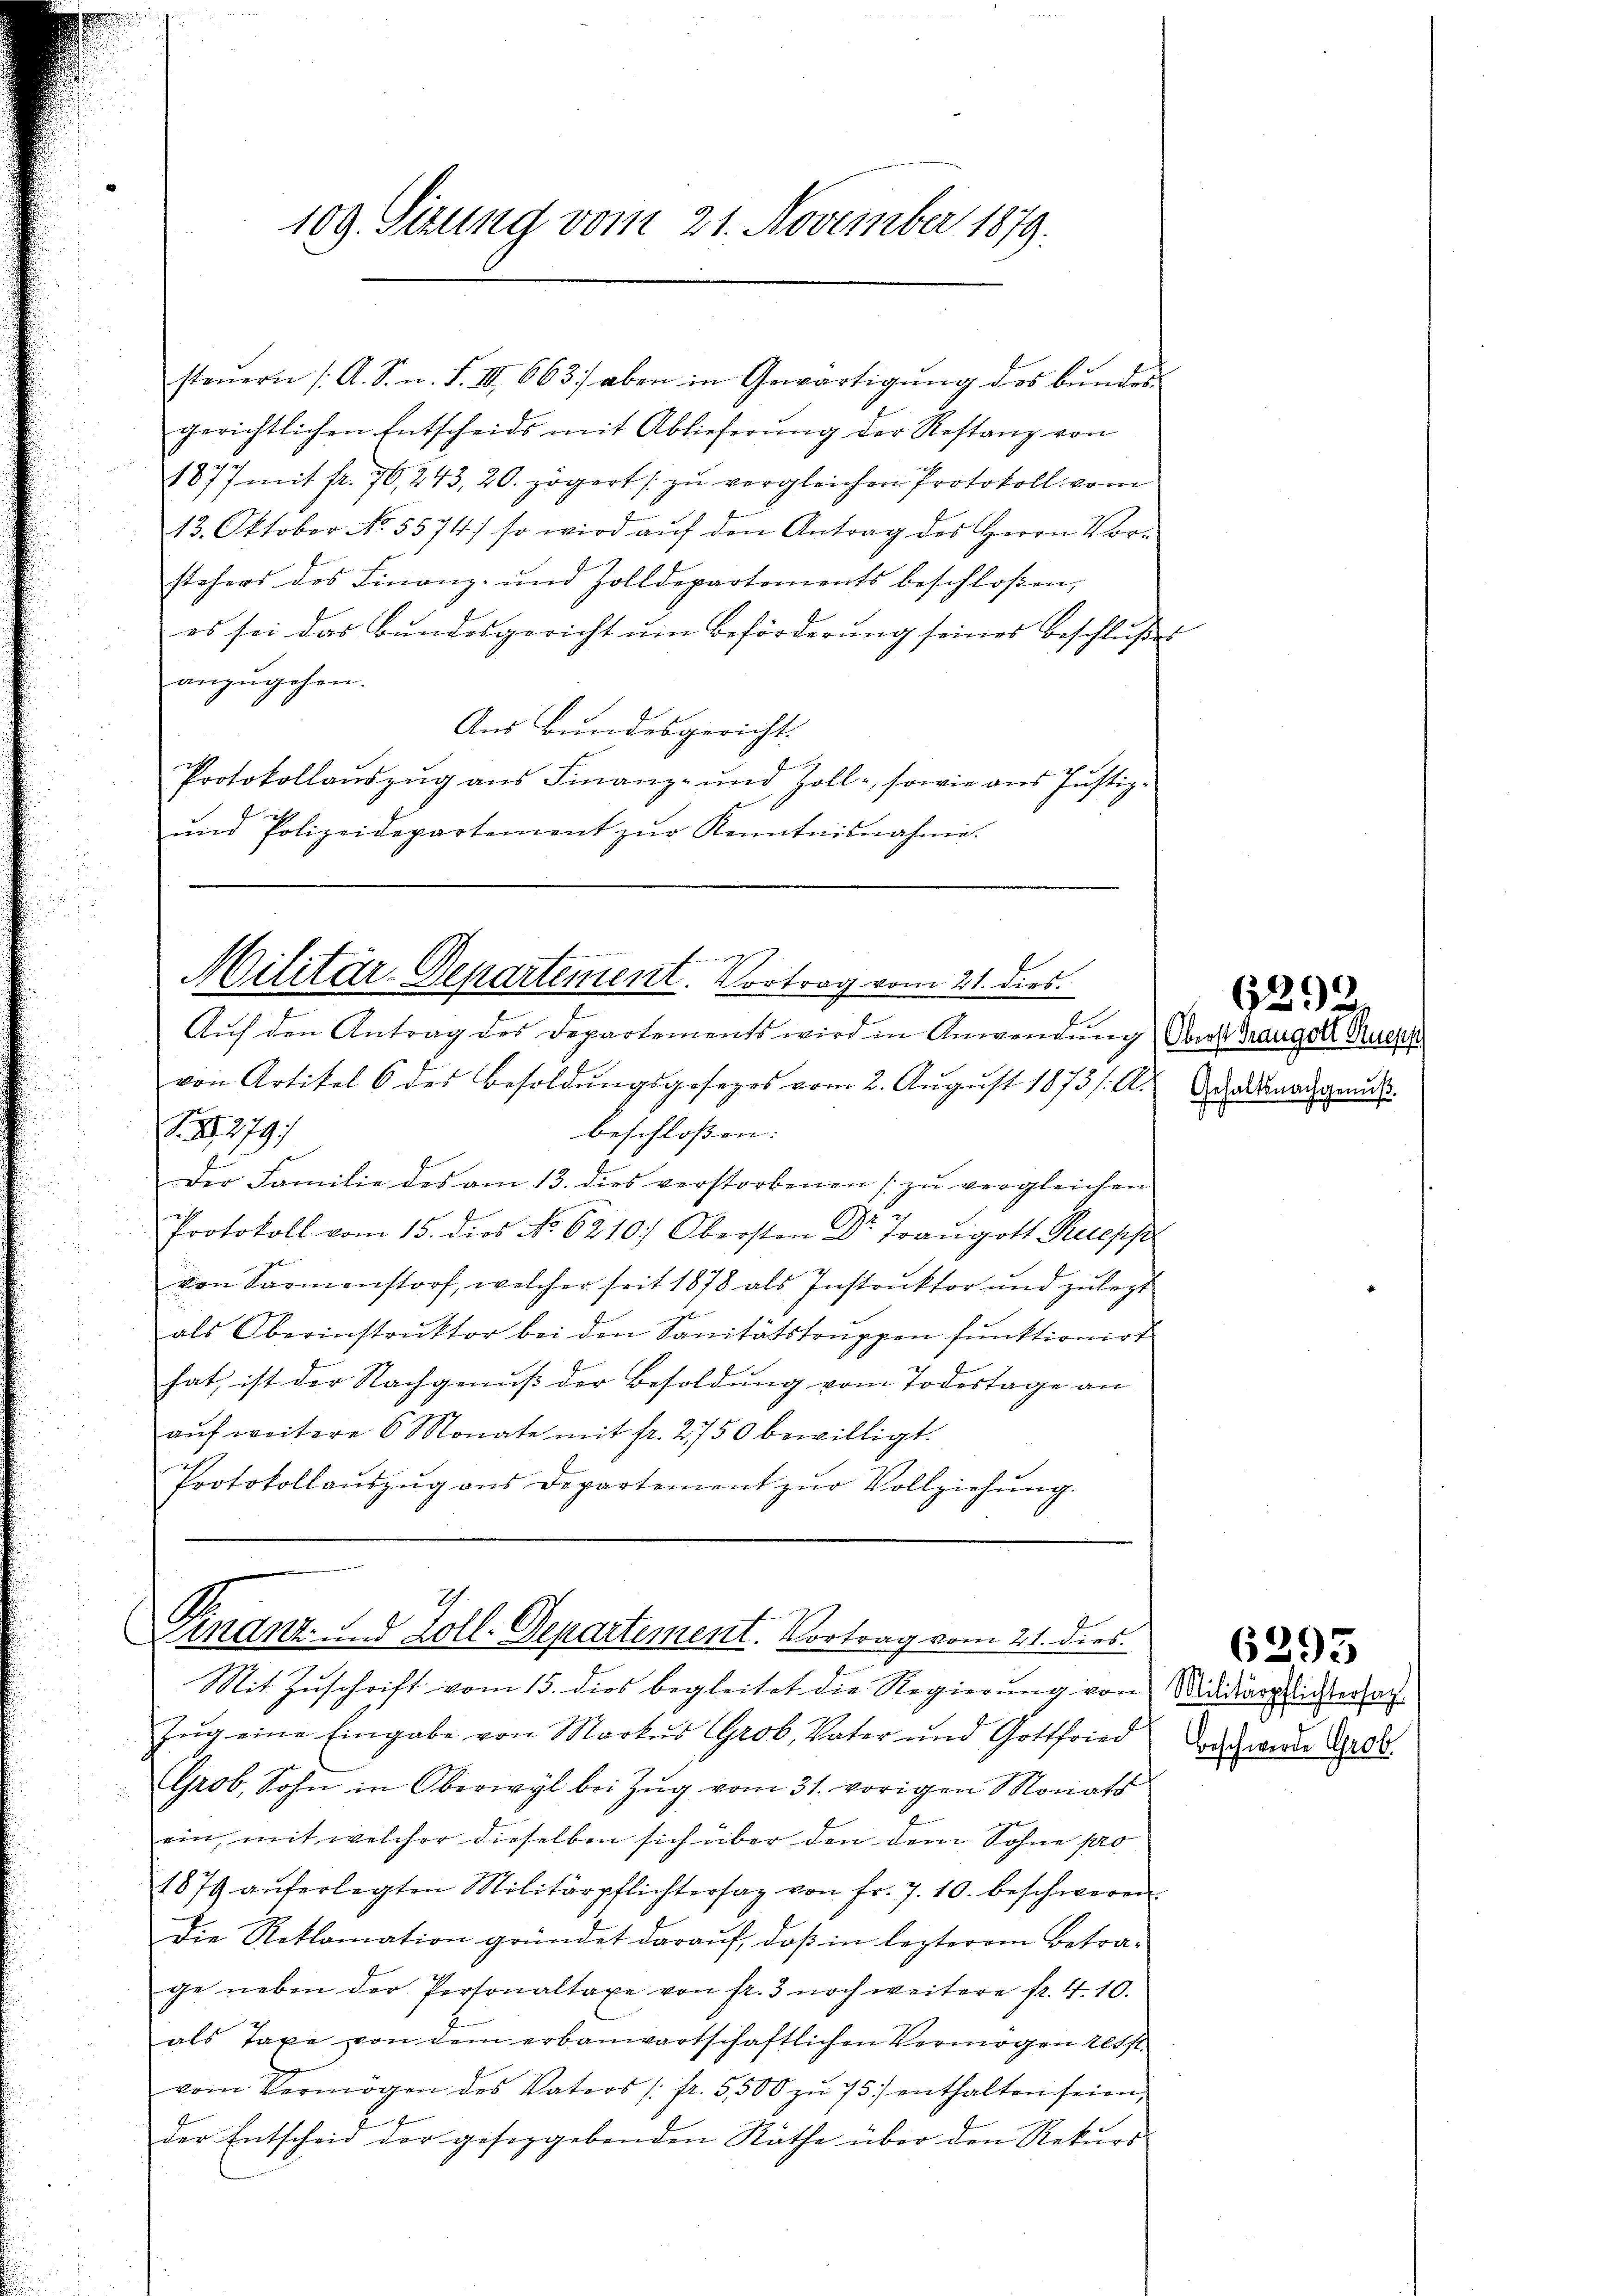
109. Sizung vom 21. November 1879.

gerichtlichen Entscheids mit Ablieferung der Restanz von
1877 mit fr. 70, 243, 20. zögert zu vergleichen Protokoll vom
13. Oktober No. 5574) so wird aŭf den Antrag des Herrn Vor-
stehers des Finanz- und Zolldepartements beschloßen,
es sei das Bŭndesgericht ŭm Beförderŭng seines Beschlŭβes
anzugehen.
Aus Bundesgericht.
Protokollauszug aus Finanz- und Zoll-, sowie aus Justiz-
ŭnd Polizeidepartement zŭr Kenntnisnahme.

Auf den Antrag des Departements wird in Anwendung der Traugolz Pues
von Artikel 6 des Besoldŭngsgesezes vom 2. Aŭgŭst 1873 /: A. Adamalgrund
S. 2279/
beschloßen:
Der Familie des am 13. dies verstorbenen zŭ vergleichen
Protokoll vom 15. dies No. 6210. Obersten Dr. Traŭgott Ruepp
von Sarmenstorf, welcher seit 1878 als Instrŭktor und zulezt
als Oberinstruktor bei den Sanitätstruppen funktionirt
hat, ist der Nachgenuß der Besoldung vom Todestage an
aŭf weitere 6 Monate mit fr. 2750 bewilligt.
i
Protokollaŭszŭg ans Departement zŭr Vollziehŭng.

steŭern /: A. S. n. F. III 663 aben in Gewärtigŭng des Bŭndes

f
Militär-Departement. Vortrag vom 21. dies

Finanz- und Zoll-Departement. Vortrag vom 21. dies

Mit Zuschrift vom 15. dies begleitet die Regierung von
Zug eine Eingabe von Markŭs Grob, Vater und Gottfried
Grob, Sohn in Oberwyl bei Zug vom 31. vorigen Monats
rin, mit welcher dieselben sich über den dem Sohne pro
1879 aŭferlegten Militärpflichtersaz von fr. 7. 10. beschweren
Die Reklomation gründet daraŭf, daβ in lezterem Betra-
ge neben der Personaltaxe von fr. 3 noch weitere fr. 4.10.
als Taxe von dem erbauwartschaftlichen Vermögen tesst.
vom Vermögen des Vaters / fr. 5500 zŭ 75.) enthalten seien,
der Entscheid der geseggebenden Rathe über den Rekŭrs

6292

6295

Militärpflichtersach
Beschwerde Grob